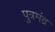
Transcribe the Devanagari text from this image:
पुत्रमंद्र